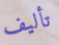
تأليف